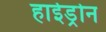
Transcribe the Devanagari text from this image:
हाईड्रोन